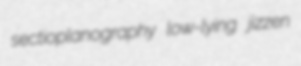
sectioplanography low-lying jizzen